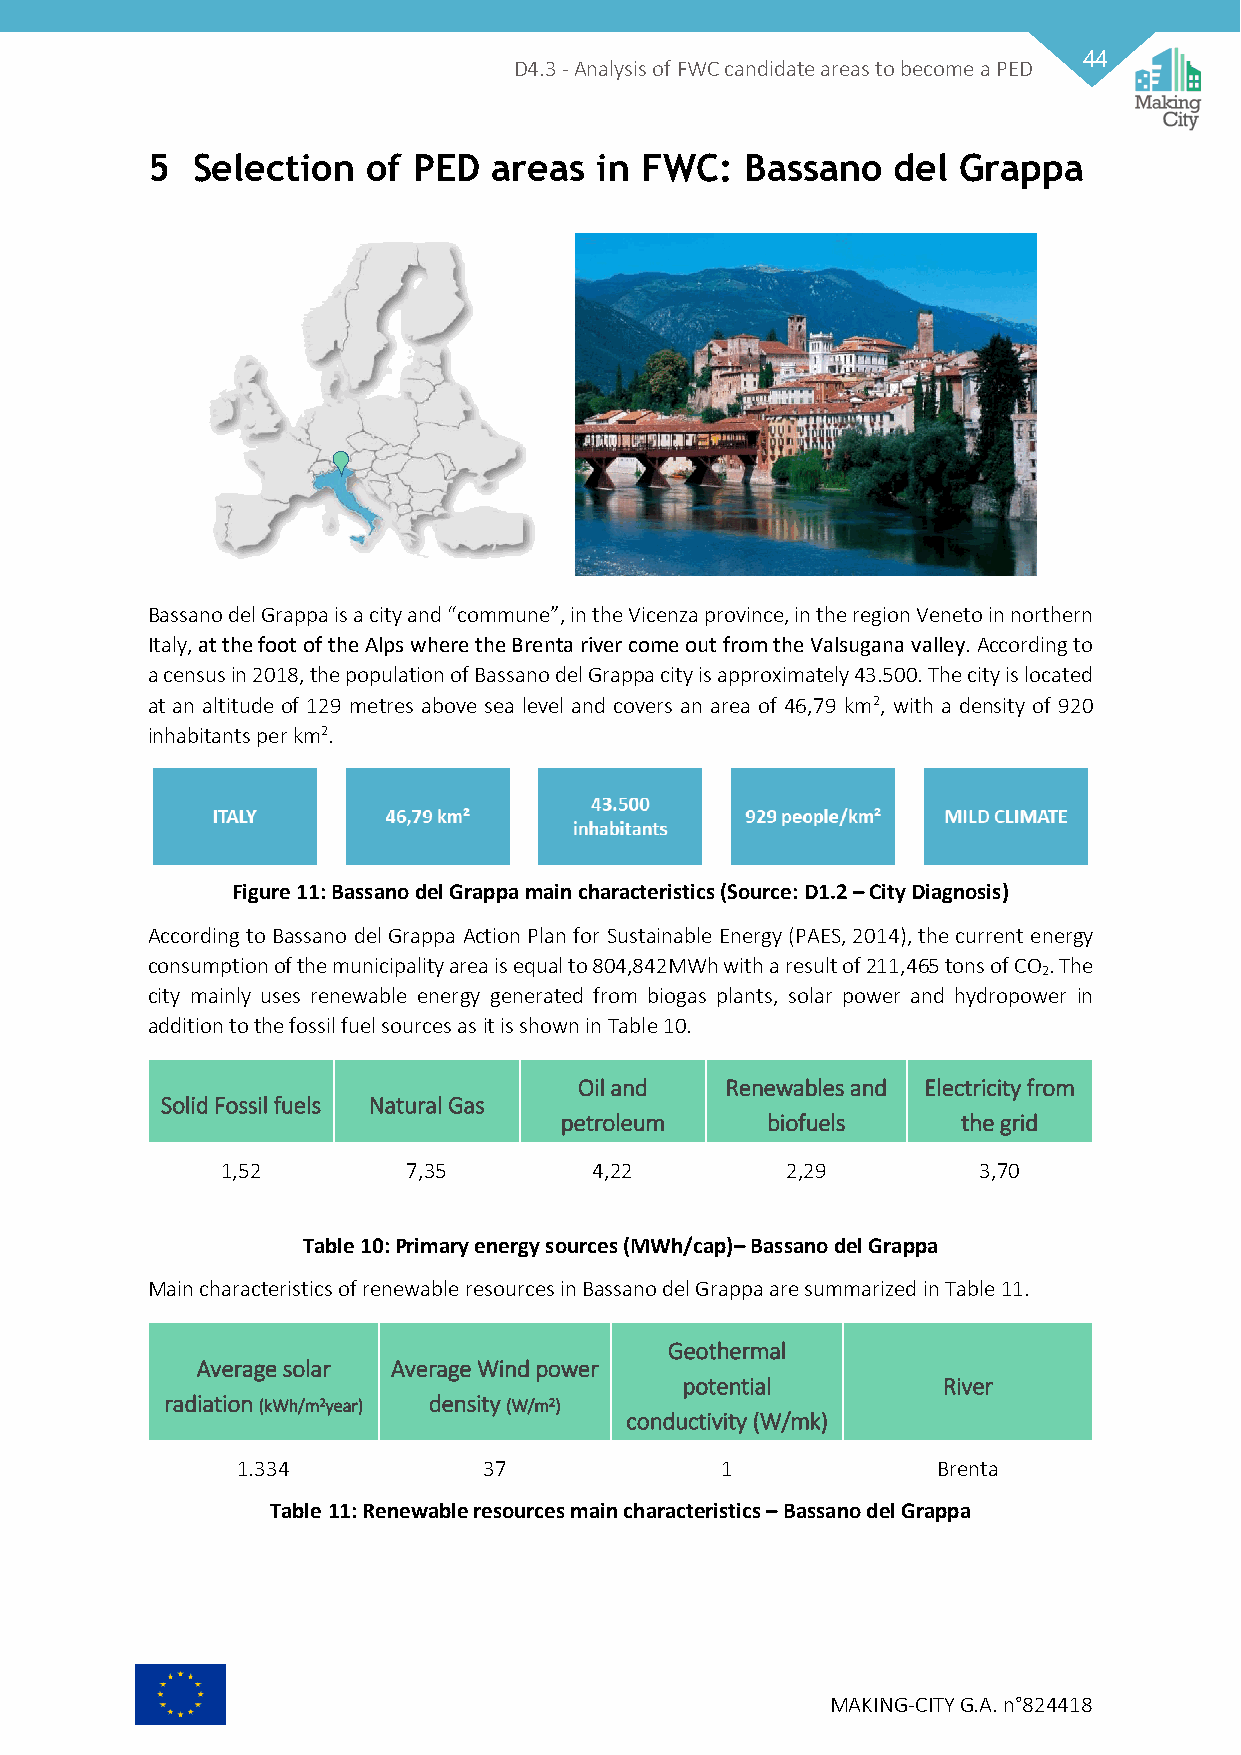
44
 D4.3 - Analysis of FWC candidate areas to become a PED
 5  Selection  of PED   areas in FWC:   Bassano   del Grappa
 Bassano del Grappa is a city and “commune”, in the Vicenza province, in the region Veneto in northern
 Italy, at the foot of the Alps where the Brenta river come out from the Valsugana valley. According to
 a census in 2018, the population of Bassano del Grappa city is approximately 43.500. The city is located
 at an altitude of 129 metres above sea level and covers an area of 46,79 km2, with a density of 920
 inhabitants per km2.
 Figure 11: Bassano del Grappa main characteristics (Source: D1.2 – City Diagnosis)
 According to Bassano del Grappa Action Plan for Sustainable Energy (PAES, 2014), the current energy
 consumption of the municipality area is equal to 804,842MWh with a result of 211,465 tons of CO . The
 2
 city mainly uses renewable energy generated from biogas plants, solar power and hydropower in
 addition to the fossil fuel sources as it is shown in Table 10.
 Oil and   Renewables and Electricity from
 Solid Fossil fuels Natural Gas
 petroleum     biofuels     the grid
 1,52        7,35        4,22         2,29         3,70
 Table 10: Primary energy sources (MWh/cap)– Bassano del Grappa
 Main characteristics of renewable resources in Bassano del Grappa are summarized in Table 11.
 Geothermal
 Average solar Average Wind power
 potential        River
 radiation (kWh/m2year) density (W/m2)
 conductivity (W/mk)
 1.334           37              1             Brenta
 Table 11: Renewable resources main characteristics – Bassano del Grappa
 MAKING-CITY G.A. n°824418